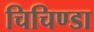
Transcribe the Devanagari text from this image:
चिचिण्डा